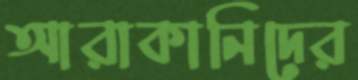
আরাকানিদের